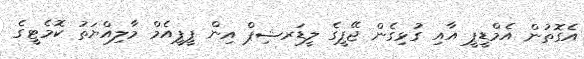
އެގޮތުން އެމްޑީޕީ އާއި ގުޅިގެން ޖޭޕީގެ ލީޑަރޝިޕް އިން ޕީޕީއެމް މާލިއްޔަތު ކޮމެޓީގެ